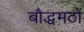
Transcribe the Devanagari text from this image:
बौद्धमठों